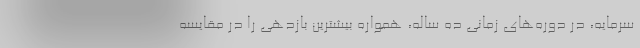
سرمایه، در دوره‌های زمانی ده ساله، همواره بیشترین بازدهی را در مقایسه